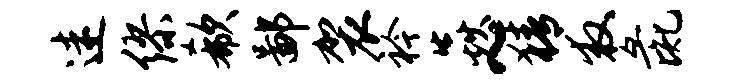
迷缪欷鄙袈衿焱~猜救彘